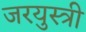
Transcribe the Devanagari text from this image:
जरयुस्त्री